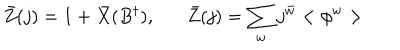
\bar { Z } ( j ) = 1 + \bar { X } ( B ^ { \dagger } ) , \bar { Z } ( j ) = \sum _ { w } j ^ { \bar { w } } < \phi ^ { w } >